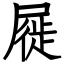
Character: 屣